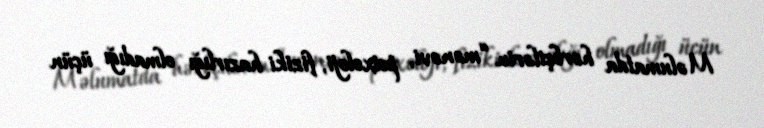
Məlumatda hərbçilərin “mənəvi, psixoloji, fiziki hazırlığı olmadığı üçün